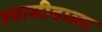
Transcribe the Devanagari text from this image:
श्यामीवाला